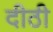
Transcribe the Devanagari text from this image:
दीठी